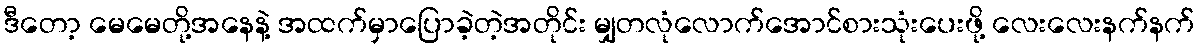
ဒီတော့ မေမေတို့အနေနဲ့ အထက်မှာပြောခဲ့တဲ့အတိုင်း မျှတလုံလောက်အောင်စားသုံးပေးဖို့ လေးလေးနက်နက်